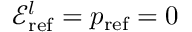
\mathscr { E } _ { \mathrm { r e f } } ^ { l } = p _ { \mathrm { r e f } } = 0